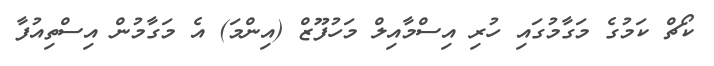
ކޯޗް ކަމުގެ މަގާމުގައި ހުރި އިސްމާއިލް މަހުފޫޒް (އިންމަ) އެ މަގާމުން އިސްތިއުފާ